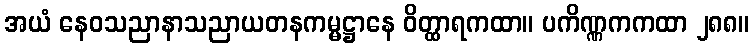
အယံ နေဝသညာနာသညာယတနကမ္မဋ္ဌာနေ ဝိတ္ထာရကထာ။ ပကိဏ္ဏကကထာ ၂၈၈။